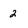
Character: 2